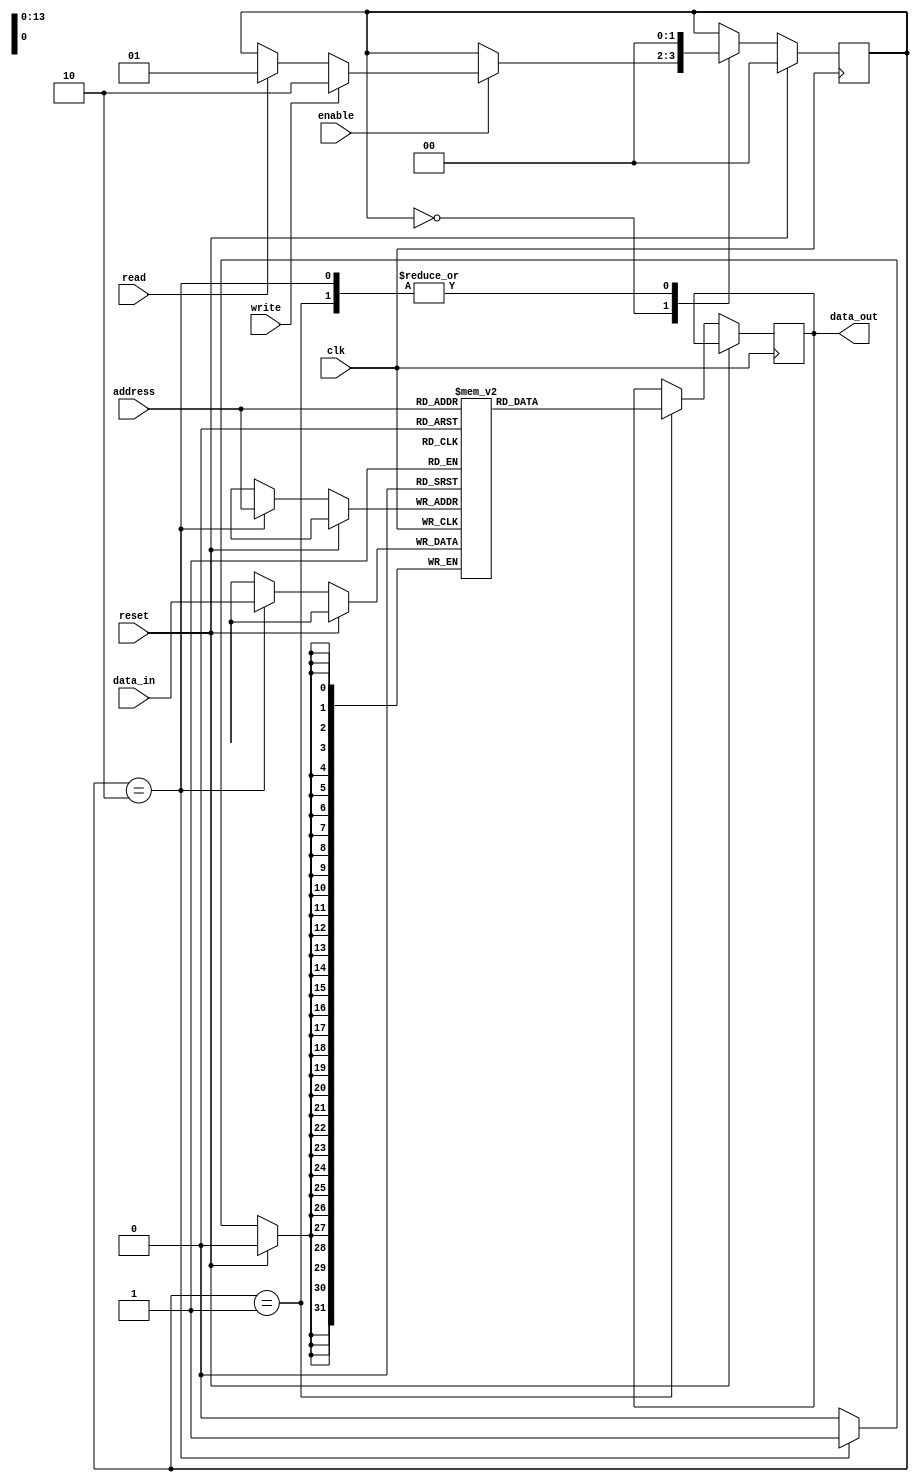
module DDR_SDRAM (
    input wire clk,
    input wire reset,
    input wire enable,
    input wire read,
    input wire write,
    input wire [13:0] address,
    input wire [31:0] data_in,
    output reg [31:0] data_out
);

reg [1:0] state;
reg [1:0] read_data_delay;

reg [31:0] memory [0:16383]; //16k memory block

initial begin
    state = 2'b00;
    read_data_delay = 2'b00;
end

always @(posedge clk) begin
    if(reset) begin
        state <= 2'b00;
        read_data_delay <= 2'b00;
    end else begin
        case(state)
            2'b00: begin //idle state
                if(enable) begin
                    if(read) begin
                        state <= 2'b01; //transition to read state
                    end
                    if(write) begin
                        state <= 2'b10; //transition to write state
                    end
                end
            end
            2'b01: begin //read state
                data_out <= memory[address];
                read_data_delay <= 2'b01;
                state <= 2'b00;
            end
            2'b10: begin //write state
                memory[address] <= data_in;
                state <= 2'b00;
            end
        endcase
    end
end

endmodule